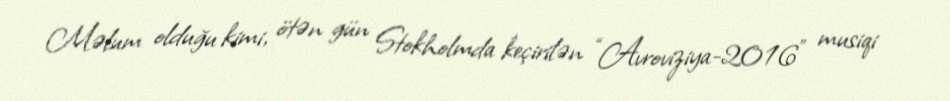
Məlum olduğu kimi, ötən gün Stokholmda keçirilən “Avroviziya-2016” musiqi